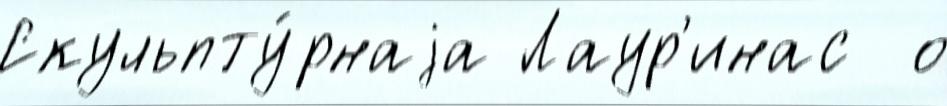
Скульпту́рнаjа Лаур'инас  о